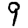
Digit: 9